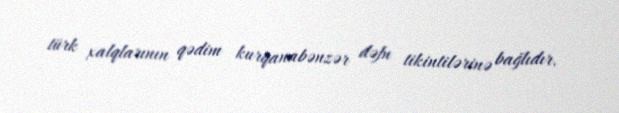
türk xalqlarının qədim kurqanabənzər dəfn tikintilərinə bağlıdır.